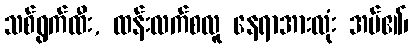
သစ်ရွက်ထီး, ထန်းလက်စလူ နေရာအားလုံး အပ်၏၊